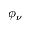
\phi _ { \nu }